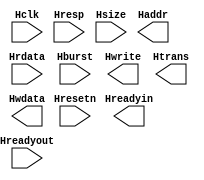
`timescale 1ns / 1ps

module ahb_master(
        input Hclk,
        input Hresetn,
        input [31:0] Hrdata,
        input [1:0] Hresp,
        input [2:0] Hburst,
        input [2:0] Hsize,
        input Hreadyout,
        output reg Hwrite,
        output reg Hreadyin,
        output reg [1:0] Htrans,
        output reg [31:0] Haddr,
        output reg [31:0] Hwdata
        );
        parameter cycle = 20;
        reg [10:0] i;
        reg [1:0] Hsize_temp;
        parameter [2:0] SINGLE = 3'd0,INCR = 3'd1, WRAP4 = 3'd2, INCR4 = 3'd3, WRAP8 = 3'd4, INCR8 = 3'd5, WRAP16 = 3'd6, INCR16 = 3'd7;
        
        always@(*)
            case(Hsize)
                3'd0: Hsize_temp = 2'd1;
                3'd1: Hsize_temp = 2'd2;
                default: Hsize_temp = 2'd1;
            endcase

        
        task write;
            begin
                Hwrite = 1'b1;
                Hreadyin = 1'b1;
                Htrans = 2'b10; //Non Seq
                Haddr = 32'h88008080;
                #(cycle)
                case(Hsize)
                    3'd0: 	case(Hburst)
                                SINGLE: begin
                                            Hreadyin = 1'b0;
                                            Haddr = 32'bx;
                                            Hwdata = $random;
                                end
                                INCR: ;//Figuring out
                                INCR4: begin
                                            wait(Hreadyout);
                                            Haddr = Haddr + 1'b1;
                                            Htrans = 2'b11; //Seq
                                            Hwdata = $random;
                                            #(cycle);
                                            for(i=0;i<2;i=i+1)
                                            begin
                                                Haddr = Haddr + 1'b1;
                                                Hwdata = $random;
                                                #(cycle)
                                                wait(Hreadyout);
                                            end
                                            #(cycle)
                                            wait(Hreadyout);
                                            Hwdata = $random;
                                            Haddr = 32'bx;
                                            Htrans = 2'b00; //IDLE
                                end
                                WRAP4: begin
                                            wait(Hreadyout);
                                            Haddr = {Haddr[31:2],Haddr[1:0] + 1'b1};
                                            Htrans = 2'b11; //Seq
                                            Hwdata = $random;
                                            #(cycle);
                                            for(i=0;i<2;i=i+1)
                                            begin
                                                Haddr = {Haddr[31:2],Haddr[1:0] + 1'b1};
                                                Hwdata = $random;
                                                #(cycle)
                                                wait(Hreadyout);
                                            end
                                            #(cycle)
                                            wait(Hreadyout);
                                            Hwdata = $random;
                                            Haddr = 32'bx;
                                            Htrans = 2'b00; //IDLE
                                end
                                INCR8: begin
                                            wait(Hreadyout);
                                            Haddr = Haddr + 1'b1;
                                            Htrans = 2'b11; //Seq
                                            Hwdata = $random;
                                            #(cycle);
                                            for(i=0;i<6;i=i+1)
                                            begin
                                                Haddr = Haddr + 1'b1;
                                                Hwdata = $random;
                                                #(cycle)
                                                wait(Hreadyout);
                                            end
                                            #(cycle)
                                            wait(Hreadyout);
                                            Hwdata = $random;
                                            Haddr = 32'bx;
                                            Htrans = 2'b00; //IDLE
                                end
                                WRAP8: begin
                                            wait(Hreadyout);
                                            Haddr = {Haddr[31:3],Haddr[2:0] + 1'b1};
                                            Htrans = 2'b11; //Seq
                                            Hwdata = $random;
                                            #(cycle);
                                            for(i=0;i<6;i=i+1)
                                            begin
                                                Haddr = {Haddr[31:3],Haddr[2:0] + 1'b1};
                                                Hwdata = $random;
                                                #(cycle)
                                                wait(Hreadyout);
                                            end
                                            #(cycle)
                                            wait(Hreadyout);
                                            Hwdata = $random;
                                            Haddr = 32'bx;
                                            Htrans = 2'b00; //IDLE
                                end
                                INCR16: begin
                                            wait(Hreadyout);
                                            Haddr = Haddr + 1'b1;
                                            Htrans = 2'b11; //Seq
                                            Hwdata = $random;
                                            #(cycle);
                                            for(i=0;i<14;i=i+1)
                                            begin
                                                Haddr = Haddr + 1'b1;
                                                Hwdata = $random;
                                                #(cycle)
                                                wait(Hreadyout);
                                            end
                                            #(cycle)
                                            wait(Hreadyout);
                                            Hwdata = $random;
                                            Haddr = 32'bx;
                                            Htrans = 2'b00; //IDLE	
                                end
                                WRAP16: begin
                                            wait(Hreadyout);
                                            Haddr = {Haddr[31:3],Haddr[3:0] + 1'b1};
                                            Htrans = 2'b11; //Seq
                                            Hwdata = $random;
                                            #(cycle);
                                            for(i=0;i<14;i=i+1)
                                            begin
                                                Haddr = {Haddr[31:3],Haddr[3:0] + 1'b1};
                                                Hwdata = $random;
                                                #(cycle)
                                                wait(Hreadyout);
                                            end
                                            #(cycle)
                                            wait(Hreadyout);
                                            Hwdata = $random;
                                            Haddr = 32'bx;
                                            Htrans = 2'b00; //IDLE
                                end
                            endcase
                    3'd1: 	case(Hburst)
                                SINGLE: begin
                                            Htrans = 2'b00; //Idle
                                            Hreadyin = 1'b0;
                                            Haddr = 32'bx;
                                            Hwdata = $random;
                                end
                                INCR: ;//Figuring out
                                INCR4: begin
                                            wait(Hreadyout);
                                            Haddr = Haddr + 2'd2;
                                            Htrans = 2'b11; //Seq
                                            Hwdata = $random;
                                            #(cycle);
                                            for(i=0;i<2;i=i+1)
                                            begin
                                                Haddr = Haddr + 2'd2;
                                                Hwdata = $random;
                                                #(cycle)
                                                wait(Hreadyout);
                                            end
                                            #(cycle)
                                            wait(Hreadyout);
                                            Hwdata = $random;
                                            Haddr = 32'bx;
                                            Htrans = 2'b00; //IDLE
                                end
                                WRAP4: begin
                                            wait(Hreadyout);
                                            Haddr = {Haddr[31:3],Haddr[2:1] + 1'b1,Haddr[0]};
                                            Htrans = 2'b11; //Seq
                                            Hwdata = $random;
                                            #(cycle);
                                            for(i=0;i<2;i=i+1)
                                            begin
                                                Haddr = {Haddr[31:3],Haddr[2:1] + 1'b1,Haddr[0]};
                                                Hwdata = $random;
                                                #(cycle)
                                                wait(Hreadyout);
                                            end
                                            #(cycle)
                                            wait(Hreadyout);
                                            Hwdata = $random;
                                            Haddr = 32'bx;
                                            Htrans = 2'b00; //IDLE
                                end
                                INCR8: begin
                                            wait(Hreadyout);
                                            Haddr = Haddr + 2'd2;
                                            Htrans = 2'b11; //Seq
                                            Hwdata = $random;
                                            #(cycle);
                                            for(i=0;i<6;i=i+1)
                                            begin
                                                Haddr = Haddr + 2'd2;
                                                Hwdata = $random;
                                                #(cycle)
                                                wait(Hreadyout);
                                            end
                                            #(cycle)
                                            wait(Hreadyout);
                                            Hwdata = $random;
                                            Haddr = 32'bx;
                                            Htrans = 2'b00; //IDLE
                                end
                                WRAP8: begin
                                            wait(Hreadyout);
                                            Haddr = {Haddr[31:4],Haddr[3:1] + 1'b1,Haddr[0]};
                                            Htrans = 2'b11; //Seq
                                            Hwdata = $random;
                                            #(cycle);
                                            for(i=0;i<6;i=i+1)
                                            begin
                                                Haddr = {Haddr[31:4],Haddr[3:1] + 1'b1,Haddr[0]};
                                                Hwdata = $random;
                                                #(cycle)
                                                wait(Hreadyout);
                                            end
                                            #(cycle)
                                            wait(Hreadyout);
                                            Hwdata = $random;
                                            Haddr = 32'bx;
                                            Htrans = 2'b00; //IDLE
                                end
                                INCR16: begin
                                            wait(Hreadyout);
                                            Haddr = Haddr + 2'd2;
                                            Htrans = 2'b11; //Seq
                                            Hwdata = $random;
                                            #(cycle);
                                            for(i=0;i<14;i=i+1)
                                            begin
                                                Haddr = Haddr + 2'd2;
                                                Hwdata = $random;
                                                #(cycle)
                                                wait(Hreadyout);
                                            end
                                            #(cycle)
                                            wait(Hreadyout);
                                            Hwdata = $random;
                                            Haddr = 32'bx;
                                            Htrans = 2'b00; //IDLE	
                                end
                                WRAP16: begin
                                            wait(Hreadyout);
                                            Haddr = {Haddr[31:5],Haddr[4:1] + 1'b1,Haddr[0]};
                                            Htrans = 2'b11; //Seq
                                            Hwdata = $random;
                                            #(cycle);
                                            for(i=0;i<14;i=i+1)
                                            begin
                                                Haddr = {Haddr[31:5],Haddr[4:1] + 1'b1,Haddr[0]};
                                                Hwdata = $random;
                                                #(cycle)
                                                wait(Hreadyout);
                                            end
                                            #(cycle)
                                            wait(Hreadyout);
                                            Hwdata = $random;
                                            Haddr = 32'bx;
                                            Htrans = 2'b00; //IDLE
                                end
                            endcase
                    3'd2:	case(Hburst)
                                SINGLE: begin
                                            Htrans = 2'b00; //Idle
                                            Hreadyin = 1'b0;
                                            Haddr = 32'bx;
                                            Hwdata = $random;
                                end
                                INCR: ;//Figuring out
                                INCR4: begin
                                            wait(Hreadyout);
                                            Haddr = Haddr + 3'd4;
                                            Htrans = 2'b11; //Seq
                                            Hwdata = $random;
                                            #(cycle);
                                            for(i=0;i<2;i=i+1)
                                            begin
                                                Haddr = Haddr + 3'd4;
                                                Hwdata = $random;
                                                #(cycle)
                                                wait(Hreadyout);
                                            end
                                            #(cycle)
                                            wait(Hreadyout);
                                            Hwdata = $random;
                                            Haddr = 32'bx;
                                            Htrans = 2'b00; //IDLE
                                end
                                WRAP4: begin
                                            wait(Hreadyout);
                                            Haddr = {Haddr[31:4],Haddr[3:2] + 1'b1,Haddr[1:0]};
                                            Htrans = 2'b11; //Seq
                                            Hwdata = $random;
                                            #(cycle);
                                            for(i=0;i<2;i=i+1)
                                            begin
                                                Haddr = {Haddr[31:4],Haddr[3:2] + 1'b1,Haddr[1:0]};
                                                Hwdata = $random;
                                                #(cycle)
                                                wait(Hreadyout);
                                            end
                                            #(cycle)
                                            wait(Hreadyout);
                                            Hwdata = $random;
                                            Haddr = 32'bx;
                                            Htrans = 2'b00; //IDLE
                                end
                                INCR8: begin
                                            wait(Hreadyout);
                                            Haddr = Haddr + 3'd4;
                                            Htrans = 2'b11; //Seq
                                            Hwdata = $random;
                                            #(cycle);
                                            for(i=0;i<6;i=i+1)
                                            begin
                                                Haddr = Haddr + 3'd4;
                                                Hwdata = $random;
                                                #(cycle)
                                                wait(Hreadyout);
                                            end
                                            #(cycle)
                                            wait(Hreadyout);
                                            Hwdata = $random;
                                            Haddr = 32'bx;
                                            Htrans = 2'b00; //IDLE
                                end
                                WRAP8: begin
                                            wait(Hreadyout);
                                            Haddr = {Haddr[31:5],Haddr[4:2] + 1'b1,Haddr[1:0]};
                                            Htrans = 2'b11; //Seq
                                            Hwdata = $random;
                                            #(cycle);
                                            for(i=0;i<6;i=i+1)
                                            begin
                                                Haddr = {Haddr[31:5],Haddr[4:2] + 1'b1,Haddr[1:0]};
                                                Hwdata = $random;
                                                #(cycle)
                                                wait(Hreadyout);
                                            end
                                            #(cycle)
                                            wait(Hreadyout);
                                            Hwdata = $random;
                                            Haddr = 32'bx;
                                            Htrans = 2'b00; //IDLE
                                end
                                INCR16: begin
                                            wait(Hreadyout);
                                            Haddr = Haddr + 3'd4;
                                            Htrans = 2'b11; //Seq
                                            Hwdata = $random;
                                            #(cycle);
                                            for(i=0;i<14;i=i+1)
                                            begin
                                                Haddr = Haddr + 3'd4;
                                                Hwdata = $random;
                                                #(cycle)
                                                wait(Hreadyout);
                                            end
                                            #(cycle)
                                            wait(Hreadyout);
                                            Hwdata = $random;
                                            Haddr = 32'bx;
                                            Htrans = 2'b00; //IDLE	
                                end
                                WRAP16: begin
                                            wait(Hreadyout);
                                            Haddr = {Haddr[31:6],Haddr[5:2] + 1'b1,Haddr[1:0]};
                                            Htrans = 2'b11; //Seq
                                            Hwdata = $random;
                                            #(cycle);
                                            for(i=0;i<14;i=i+1)
                                            begin
                                                Haddr = {Haddr[31:6],Haddr[5:2] + 1'b1,Haddr[1:0]};
                                                Hwdata = $random;
                                                #(cycle)
                                                wait(Hreadyout);
                                            end
                                            #(cycle)
                                            wait(Hreadyout);
                                            Hwdata = $random;
                                            Haddr = 32'bx;
                                            Htrans = 2'b00; //IDLE
                                end
                            endcase
                endcase
                Htrans = 2'b00; //Idle
                #(cycle) Hwdata = 32'bx;
                #80;
            end
        endtask
        
        task read;
            begin
                Hwrite = 1'b0;
                Hreadyin = 1'b1;
                Htrans = 2'b10; //Non Seq
                Haddr = 32'h88008080;
                Hwdata = 32'bx;
                #(cycle)
                case(Hsize)
                    3'd0: 	case(Hburst)
                                SINGLE: begin
                                            Hreadyin = 1'b0;
                                end
                                INCR: ;//Figuring out
                                INCR4: begin
                                            wait(Hreadyout);
                                            Haddr = Haddr + 1'b1;
                                            Htrans = 2'b11; //Seq
                                            
                                            #(cycle+1)
                                            for(i=0;i<2;i=i+1)
                                            begin
                                                wait(Hreadyout);
                                                Haddr = Haddr + 1'b1;
                                                #(cycle+1);
                                                
                                            end
                                end
                                WRAP4: begin
                                            wait(Hreadyout);
                                            Haddr = {Haddr[31:2],Haddr[1:0] + 1'b1};
                                            Htrans = 2'b11; //Seq
                                            
                                            #(cycle+1)
                                            for(i=0;i<2;i=i+1)
                                            begin
                                                wait(Hreadyout);
                                                Haddr = {Haddr[31:2],Haddr[1:0] + 1'b1};
                                                #(cycle+1);
                                            end
                                end
                                INCR8: begin
                                            wait(Hreadyout);
                                            Haddr = Haddr + 1'b1;
                                            Htrans = 2'b11; //Seq
                                            
                                            #(cycle+1)
                                            for(i=0;i<6;i=i+1)
                                            begin
                                                wait(Hreadyout);
                                                Haddr = Haddr + 1'b1;
                                                #(cycle+1);
                                            end
                                end
                                WRAP8: begin
                                            wait(Hreadyout);
                                            Haddr = {Haddr[31:3],Haddr[2:0] + 1'b1};
                                            Htrans = 2'b11; //Seq
                                            
                                            #(cycle+1)
                                            for(i=0;i<6;i=i+1)
                                            begin
                                                wait(Hreadyout);
                                                Haddr = {Haddr[31:3],Haddr[2:0] + 1'b1};
                                                #(cycle+1);
                                            end
                                end
                                INCR16: begin
                                            wait(Hreadyout);
                                            Haddr = Haddr + 1'b1;
                                            Htrans = 2'b11; //Seq
                                            
                                            #(cycle+1)
                                            for(i=0;i<14;i=i+1)
                                            begin
                                                wait(Hreadyout);
                                                Haddr = Haddr + 1'b1;
                                                #(cycle+1);
                                            end
                                end
                                WRAP16: begin
                                            wait(Hreadyout);
                                            Haddr = {Haddr[31:3],Haddr[3:0] + 1'b1};
                                            Htrans = 2'b11; //Seq
                                            
                                            #(cycle+1)
                                            for(i=0;i<14;i=i+1)
                                            begin
                                                wait(Hreadyout);
                                                Haddr = {Haddr[31:3],Haddr[3:0] + 1'b1};
                                                #(cycle+1);
                                            end
                                end
                            endcase
                    3'd1: 	case(Hburst)
                                SINGLE: begin
                                            Hreadyin = 1'b0;
                                end
                                INCR: ;//Figuring out
                                INCR4: begin
                                            wait(Hreadyout);
                                            Haddr = Haddr + 2'd2;
                                            Htrans = 2'b11; //Seq
                                            
                                            #(cycle+1)
                                            for(i=0;i<2;i=i+1)
                                            begin
                                                wait(Hreadyout);
                                                Haddr = Haddr + 2'd2;
                                                #(cycle+1);
                                            end
                                end
                                WRAP4: begin
                                            wait(Hreadyout);
                                            Haddr = {Haddr[31:3],Haddr[2:1] + 1'b1,Haddr[0]};
                                            Htrans = 2'b11; //Seq
                                            
                                            #(cycle+1)
                                            for(i=0;i<2;i=i+1)
                                            begin
                                                wait(Hreadyout);
                                                Haddr = {Haddr[31:3],Haddr[2:1] + 1'b1,Haddr[0]};
                                                #(cycle+1);
                                            end
                                end
                                INCR8: begin
                                            wait(Hreadyout);
                                            Haddr = Haddr + 2'd2;
                                            Htrans = 2'b11; //Seq
                                            
                                            #(cycle+1)
                                            for(i=0;i<6;i=i+1)
                                            begin
                                                wait(Hreadyout);
                                                Haddr = Haddr + 2'd2;
                                                #(cycle+1);
                                            end
                                end
                                WRAP8: begin
                                            wait(Hreadyout);
                                            Haddr = {Haddr[31:4],Haddr[3:1] + 1'b1,Haddr[0]};
                                            Htrans = 2'b11; //Seq
                                            
                                            #(cycle+1)
                                            for(i=0;i<6;i=i+1)
                                            begin
                                                wait(Hreadyout);
                                                Haddr = {Haddr[31:4],Haddr[3:1] + 1'b1,Haddr[0]};
                                                #(cycle+1);
                                            end
                                end
                                INCR16: begin
                                            wait(Hreadyout);
                                            Haddr = Haddr + 2'd2;
                                            Htrans = 2'b11; //Seq
                                            
                                            #(cycle+1)
                                            for(i=0;i<14;i=i+1)
                                            begin
                                                wait(Hreadyout);
                                                Haddr = Haddr + 2'd2;
                                                #(cycle+1);
                                            end
                                end
                                WRAP16: begin
                                            wait(Hreadyout);
                                            Haddr = {Haddr[31:5],Haddr[4:1] + 1'b1,Haddr[0]};
                                            Htrans = 2'b11; //Seq
                                            
                                            #(cycle+1)
                                            for(i=0;i<14;i=i+1)
                                            begin
                                                wait(Hreadyout);
                                                Haddr = {Haddr[31:5],Haddr[4:1] + 1'b1,Haddr[0]};
                                                #(cycle+1);
                                            end
                                end
                            endcase
                    3'd2:	case(Hburst)
                                SINGLE: begin
                                            Hreadyin = 1'b0;
                                end
                                INCR: ;//Figuring out
                                INCR4: begin
                                            wait(Hreadyout);
                                            Haddr = Haddr + 3'd4;
                                            Htrans = 2'b11; //Seq
                                            
                                            #(cycle+1)
                                            for(i=0;i<2;i=i+1)
                                            begin
                                                wait(Hreadyout);
                                                Haddr = Haddr + 3'd4;
                                                #(cycle+1);
                                            end
                                end
                                WRAP4: begin
                                            wait(Hreadyout);
                                            Haddr = {Haddr[31:4],Haddr[3:2] + 1'b1,Haddr[1:0]};
                                            Htrans = 2'b11; //Seq
                                            
                                            #(cycle+1)
                                            for(i=0;i<2;i=i+1)
                                            begin
                                                wait(Hreadyout);
                                                Haddr = {Haddr[31:4],Haddr[3:2] + 1'b1,Haddr[1:0]};
                                                #(cycle+1);
                                            end
                                end
                                INCR8: begin
                                            wait(Hreadyout);
                                            Haddr = Haddr + 3'd4;
                                            Htrans = 2'b11; //Seq
                                            
                                            #(cycle+1)
                                            for(i=0;i<6;i=i+1)
                                            begin
                                                wait(Hreadyout);
                                                Haddr = Haddr + 3'd4;
                                                #(cycle+1);
                                            end
                                end
                                WRAP8: begin
                                            wait(Hreadyout);
                                            Haddr = {Haddr[31:5],Haddr[4:2] + 1'b1,Haddr[1:0]};
                                            Htrans = 2'b11; //Seq
                                            
                                            #(cycle+1)
                                            for(i=0;i<6;i=i+1)
                                            begin
                                                wait(Hreadyout);
                                                Haddr = {Haddr[31:5],Haddr[4:2] + 1'b1,Haddr[1:0]};
                                                #(cycle+1);
                                            end
                                end
                                INCR16: begin
                                            wait(Hreadyout);
                                            Haddr = Haddr + 3'd4;
                                            Htrans = 2'b11; //Seq
                                            
                                            #(cycle+1)
                                            for(i=0;i<14;i=i+1)
                                            begin
                                                wait(Hreadyout);
                                                Haddr = Haddr + 3'd4;
                                                #(cycle+1);
                                            end
                                end
                                WRAP16: begin
                                            wait(Hreadyout);
                                            Haddr = {Haddr[31:6],Haddr[5:2] + 1'b1,Haddr[1:0]};
                                            Htrans = 2'b11; //Seq
                                            
                                            #(cycle+1)
                                            for(i=0;i<14;i=i+1)
                                            begin
                                                wait(Hreadyout);
                                                Haddr = {Haddr[31:6],Haddr[5:2] + 1'b1,Haddr[1:0]};
                                                #(cycle+1);
                                            end
                                end
                            endcase
                endcase
                #(cycle+1) Haddr = 32'bx;
                Htrans = 2'b00; //Idle
                #80;
                #80;
            end
        endtask
        
        task b2b;
            begin
                Hwrite = 1'b1;
                Hreadyin = 1'b1;
                Htrans = 2'b10; //Non Seq
                Haddr = 32'h88008080;
                #(cycle) Hwdata = $random;
                Haddr = 32'h88008088;
                Hwrite = 1'b0;
                #(cycle)
                Hwrite = 1'b1;
                Haddr = 32'h88008008;
                Hwdata = 32'bx;
                #(cycle)
                wait(Hreadyout);
                Hwrite = 1'b0;
                Haddr = 32'h88000088;
                Hwdata = $random;
                #(cycle+1);
                Htrans = 2'b00;
            end
        endtask
        
endmodule